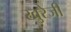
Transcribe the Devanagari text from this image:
खुरेजी